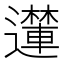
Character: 𮟝